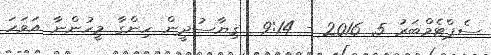
ސެޕްޓެމްބަރު 5